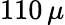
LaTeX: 110\, \mu